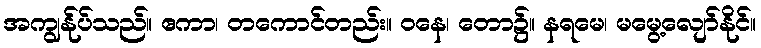
အကျွန်ုပ်သည်။ ဧကာ၊ တကောင်တည်း။ ဝနေ၊ တော၌။ နရမေ၊ မမွေ့လျော်နိုင်။